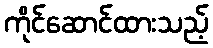
ကိုင်ဆောင်ထားသည့်